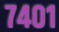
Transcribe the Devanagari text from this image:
७४०१